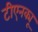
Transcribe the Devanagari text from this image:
टीएनक्यू